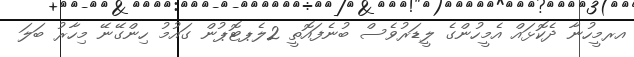
އރމީހުނާ ދެކޮޅައް އެމީހުންގެ ލީޑަރުވެސް ބުނެފައޮތީ 2ލެޕޓޮޕުން ގައުމު ހިންގޭނޭ މިހާރު ބަލަ